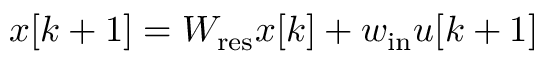
x [ k + 1 ] = W _ { \mathrm { r e s } } x [ k ] + w _ { \mathrm { i n } } u [ k + 1 ]